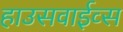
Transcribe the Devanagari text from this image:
हाउसवाईव्स